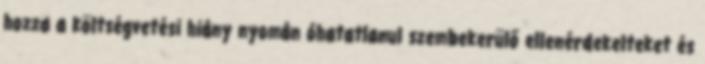
hozza a költségvetési hiány nyomán óhatatlanul szembekerülő ellenérdekelteket és